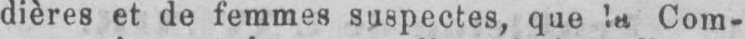
dières et de femmes suspectes, que la Com-